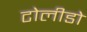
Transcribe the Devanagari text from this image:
टोलीडो